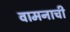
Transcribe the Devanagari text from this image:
वामनाची